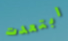
ابتعدت